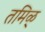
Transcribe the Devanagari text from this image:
तमिळ्